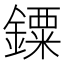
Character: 䥔